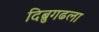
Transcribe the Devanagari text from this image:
दिब्रुगढला